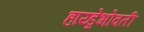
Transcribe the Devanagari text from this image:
हाय्ड्रेभोवती